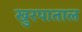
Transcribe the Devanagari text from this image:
खुरपाताल